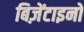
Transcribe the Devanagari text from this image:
बिज़ेंटाइनों